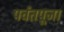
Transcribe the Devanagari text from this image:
पर्वतपूजा